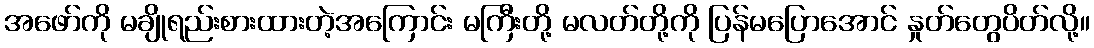
အဖော်ကို မချိုရည်းစားထားတဲ့အကြောင်း မကြီးတို့ မလတ်တို့ကို ပြန်မပြောအောင် နှုတ်တွေပိတ်လို့။